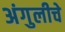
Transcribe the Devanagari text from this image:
अंगुलीचे